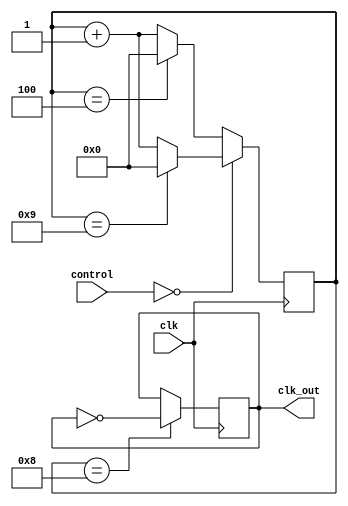
module dual_modulus_clock_divider (
    input wire clk,
    input wire [1:0] control,
    output reg clk_out
);
  
reg [3:0] counter;
  
always @ (posedge clk)
begin
    if (control == 2'b00)
    begin
        if (counter == 4'b1001)
            counter <= 4'b0;
        else
            counter <= counter + 1;
    end
    else
    begin
        if (counter == 4'b100)
            counter <= 4'b0;
        else
            counter <= counter + 1;
    end
  
    if (counter == 4'b1000)
        clk_out <= ~clk_out;
end

endmodule